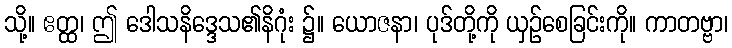
သို့။ ဧတ္ထ၊ ဤ ဒေါသနိဒ္ဒေသ၏နိဂုံး ၌။ ယောဇနာ၊ ပုဒ်တို့ကို ယှဉ်စေခြင်းကို။ ကာတဗ္ဗာ၊